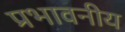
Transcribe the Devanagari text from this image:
प्रभावनीय